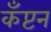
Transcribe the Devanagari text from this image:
कँप्टन